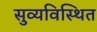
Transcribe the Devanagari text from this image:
सुव्यविस्थित